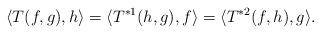
LaTeX: \begin{align*}\langle T(f, g), h\rangle=\langle T^{*1}(h, g), f\rangle=\langle T^{*2}(f, h), g\rangle.\end{align*}